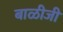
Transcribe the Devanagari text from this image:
बाळीजी